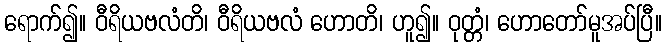
ရောက်၍။ ဝီရိယဗလံတိ၊ ဝီရိယဗလံ ဟောတိ၊ ဟူ၍။ ဝုတ္တံ၊ ဟောတော်မူအပ်ပြီ။